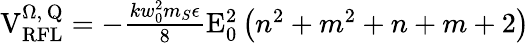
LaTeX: \begin{array}{r}{\mathrm{V}_{\mathrm{RFL}}^{\Omega,\, \mathrm{Q}}=-\frac{kw_{0}^{2}m_{S}\epsilon}{8}\mathrm{E}_{0}^{2}\left(n^{2}+m^{2}+n+m+2\right)}\end{array}